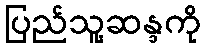
ပြည်သူ့ဆန္ဒကို